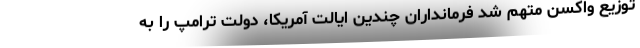
توزیع واکسن متهم شد فرمانداران چندین ایالت آمریکا، دولت ترامپ را به